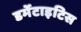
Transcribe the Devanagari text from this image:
डर्मेटाइटिस